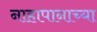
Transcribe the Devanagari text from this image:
नाहापानाच्या